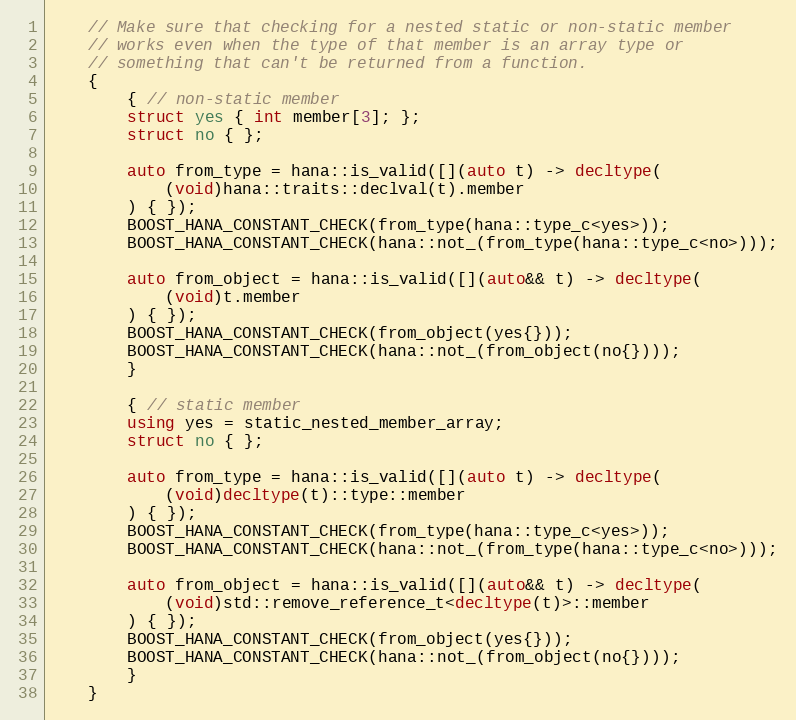
Language: C++
    // Make sure that checking for a nested static or non-static member
    // works even when the type of that member is an array type or
    // something that can't be returned from a function.
    {
        { // non-static member
        struct yes { int member[3]; };
        struct no { };

        auto from_type = hana::is_valid([](auto t) -> decltype(
            (void)hana::traits::declval(t).member
        ) { });
        BOOST_HANA_CONSTANT_CHECK(from_type(hana::type_c<yes>));
        BOOST_HANA_CONSTANT_CHECK(hana::not_(from_type(hana::type_c<no>)));

        auto from_object = hana::is_valid([](auto&& t) -> decltype(
            (void)t.member
        ) { });
        BOOST_HANA_CONSTANT_CHECK(from_object(yes{}));
        BOOST_HANA_CONSTANT_CHECK(hana::not_(from_object(no{})));
        }

        { // static member
        using yes = static_nested_member_array;
        struct no { };

        auto from_type = hana::is_valid([](auto t) -> decltype(
            (void)decltype(t)::type::member
        ) { });
        BOOST_HANA_CONSTANT_CHECK(from_type(hana::type_c<yes>));
        BOOST_HANA_CONSTANT_CHECK(hana::not_(from_type(hana::type_c<no>)));

        auto from_object = hana::is_valid([](auto&& t) -> decltype(
            (void)std::remove_reference_t<decltype(t)>::member
        ) { });
        BOOST_HANA_CONSTANT_CHECK(from_object(yes{}));
        BOOST_HANA_CONSTANT_CHECK(hana::not_(from_object(no{})));
        }
    }